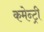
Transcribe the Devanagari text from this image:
कमेन्ट्री